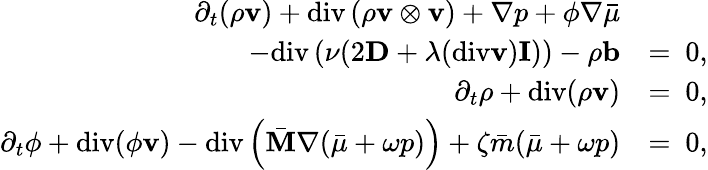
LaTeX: \begin{array}{rl}{\partial_{t}(\rho\mathbf{v})+\mathrm{div}\left(\rho\mathbf{v}\otimes\mathbf{v}\right)+\nabla p+\phi\nabla\bar{\mu}}&{}\\ {-\mathrm{div}\left(\nu(2\mathbf{D}+\lambda(\mathrm{div}\mathbf{v})\mathbf{I})\right)-\rho\mathbf{b}}&{=~0,}\\ {\partial_{t}\rho+\mathrm{div}(\rho\mathbf{v})}&{=~0,}\\ {\partial_{t}\phi+\mathrm{div}(\phi\mathbf{v})-\mathrm{div}\left(\bar{\mathbf{M}}\nabla(\bar{\mu}+\omega p)\right)+\zeta\bar{m}(\bar{\mu}+\omega p)}&{=~0,}\end{array}